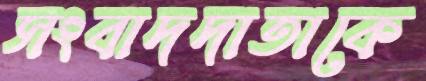
সংবাদদাতাকে